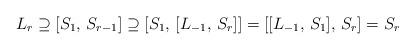
LaTeX: \begin{align*}L_r \supseteq [S_1, \, S_{r-1}] \supseteq [S_1, \, [L_{-1}, \, S_r]]= [[L_{-1}, \, S_1], \, S_r] = S_r\end{align*}